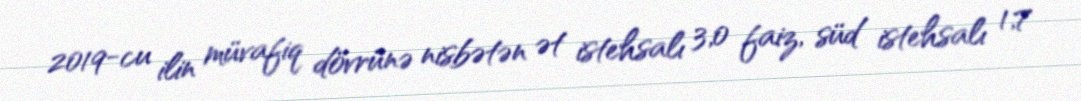
2019-cu ilin müvafiq dövrünə nisbətən ət istehsalı 3,0 faiz, süd istehsalı 1,7